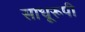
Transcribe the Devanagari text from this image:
साधूरूपी